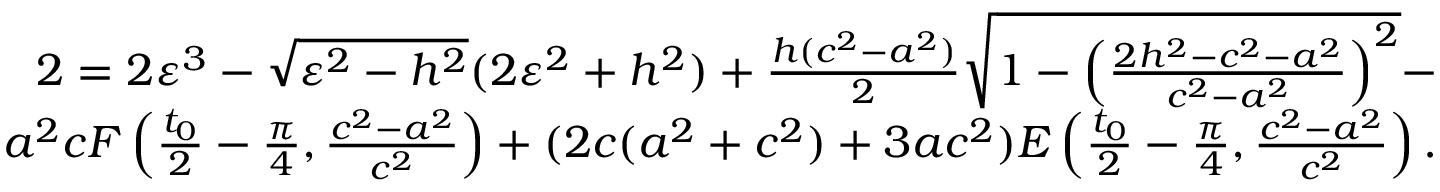
\begin{array} { r } { 2 = 2 \varepsilon ^ { 3 } - \sqrt { \varepsilon ^ { 2 } - h ^ { 2 } } ( 2 \varepsilon ^ { 2 } + h ^ { 2 } ) + \frac { h ( c ^ { 2 } - a ^ { 2 } ) } { 2 } \sqrt { 1 - \left( \frac { 2 h ^ { 2 } - c ^ { 2 } - a ^ { 2 } } { c ^ { 2 } - a ^ { 2 } } \right) ^ { 2 } } - } \\ { a ^ { 2 } c F \left( \frac { t _ { 0 } } { 2 } - \frac { \pi } { 4 } , \frac { c ^ { 2 } - a ^ { 2 } } { c ^ { 2 } } \right) + ( 2 c ( a ^ { 2 } + c ^ { 2 } ) + 3 a c ^ { 2 } ) E \left( \frac { t _ { 0 } } { 2 } - \frac { \pi } { 4 } , \frac { c ^ { 2 } - a ^ { 2 } } { c ^ { 2 } } \right) . } \end{array}